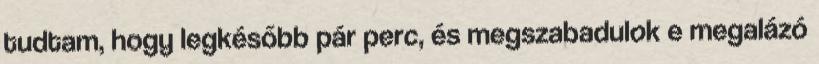
tudtam, hogy legkésőbb pár perc, és megszabadulok e megalázó